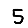
Digit: 5